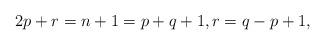
LaTeX: \begin{align*}2p + r = n+1 = p+q+1, r = q - p+1,\end{align*}